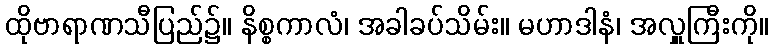
ထိုဗာရာဏသီပြည်၌။ နိစ္စကာလံ၊ အခါခပ်သိမ်း။ မဟာဒါနံ၊ အလှူကြီးကို။